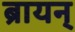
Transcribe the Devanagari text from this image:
ब्रायन्